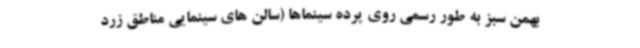
بهمن سبز به طور رسمی روی پرده سینماها (سالن های سینمایی مناطق زرد